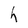
Character: h